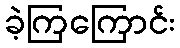
ခဲ့ကြကြောင်း